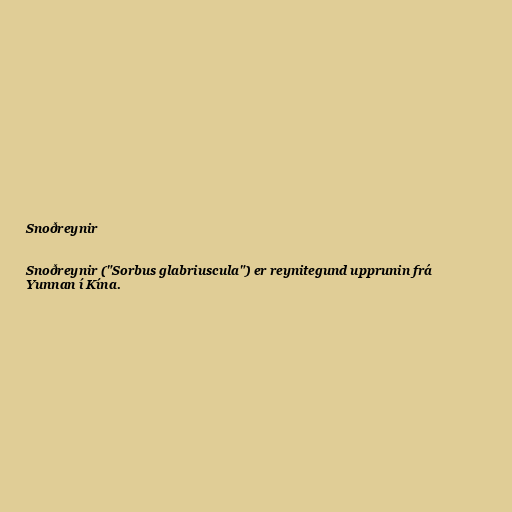
Snoðreynir

Snoðreynir ("Sorbus glabriuscula") er reynitegund upprunin frá
Yunnan í Kína.